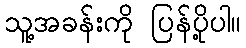
သူ့အခန်းကို ပြန်ပို့ပါ။